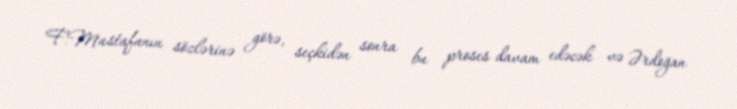
F.Mustafanın sözlərinə görə, seçkidən sonra bu proses davam edəcək və Ərdoğan